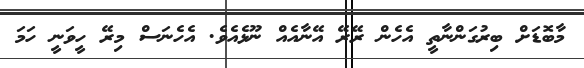
މާބޮޑަށް ބިރުގަންނާތީ އެހެން ރޭރޭ އޭނާއެއް ނޫޅެއެވެ. އެހެނަސް މިރޭ ހީވަނީ ހަމަ